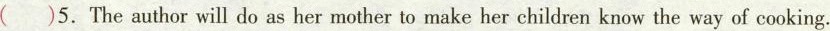
( )5. The author will do as her mother to make her children know the way of cooking.